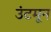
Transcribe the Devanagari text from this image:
उंटमून